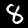
Label: 8